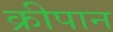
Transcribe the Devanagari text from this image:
क्रीपान